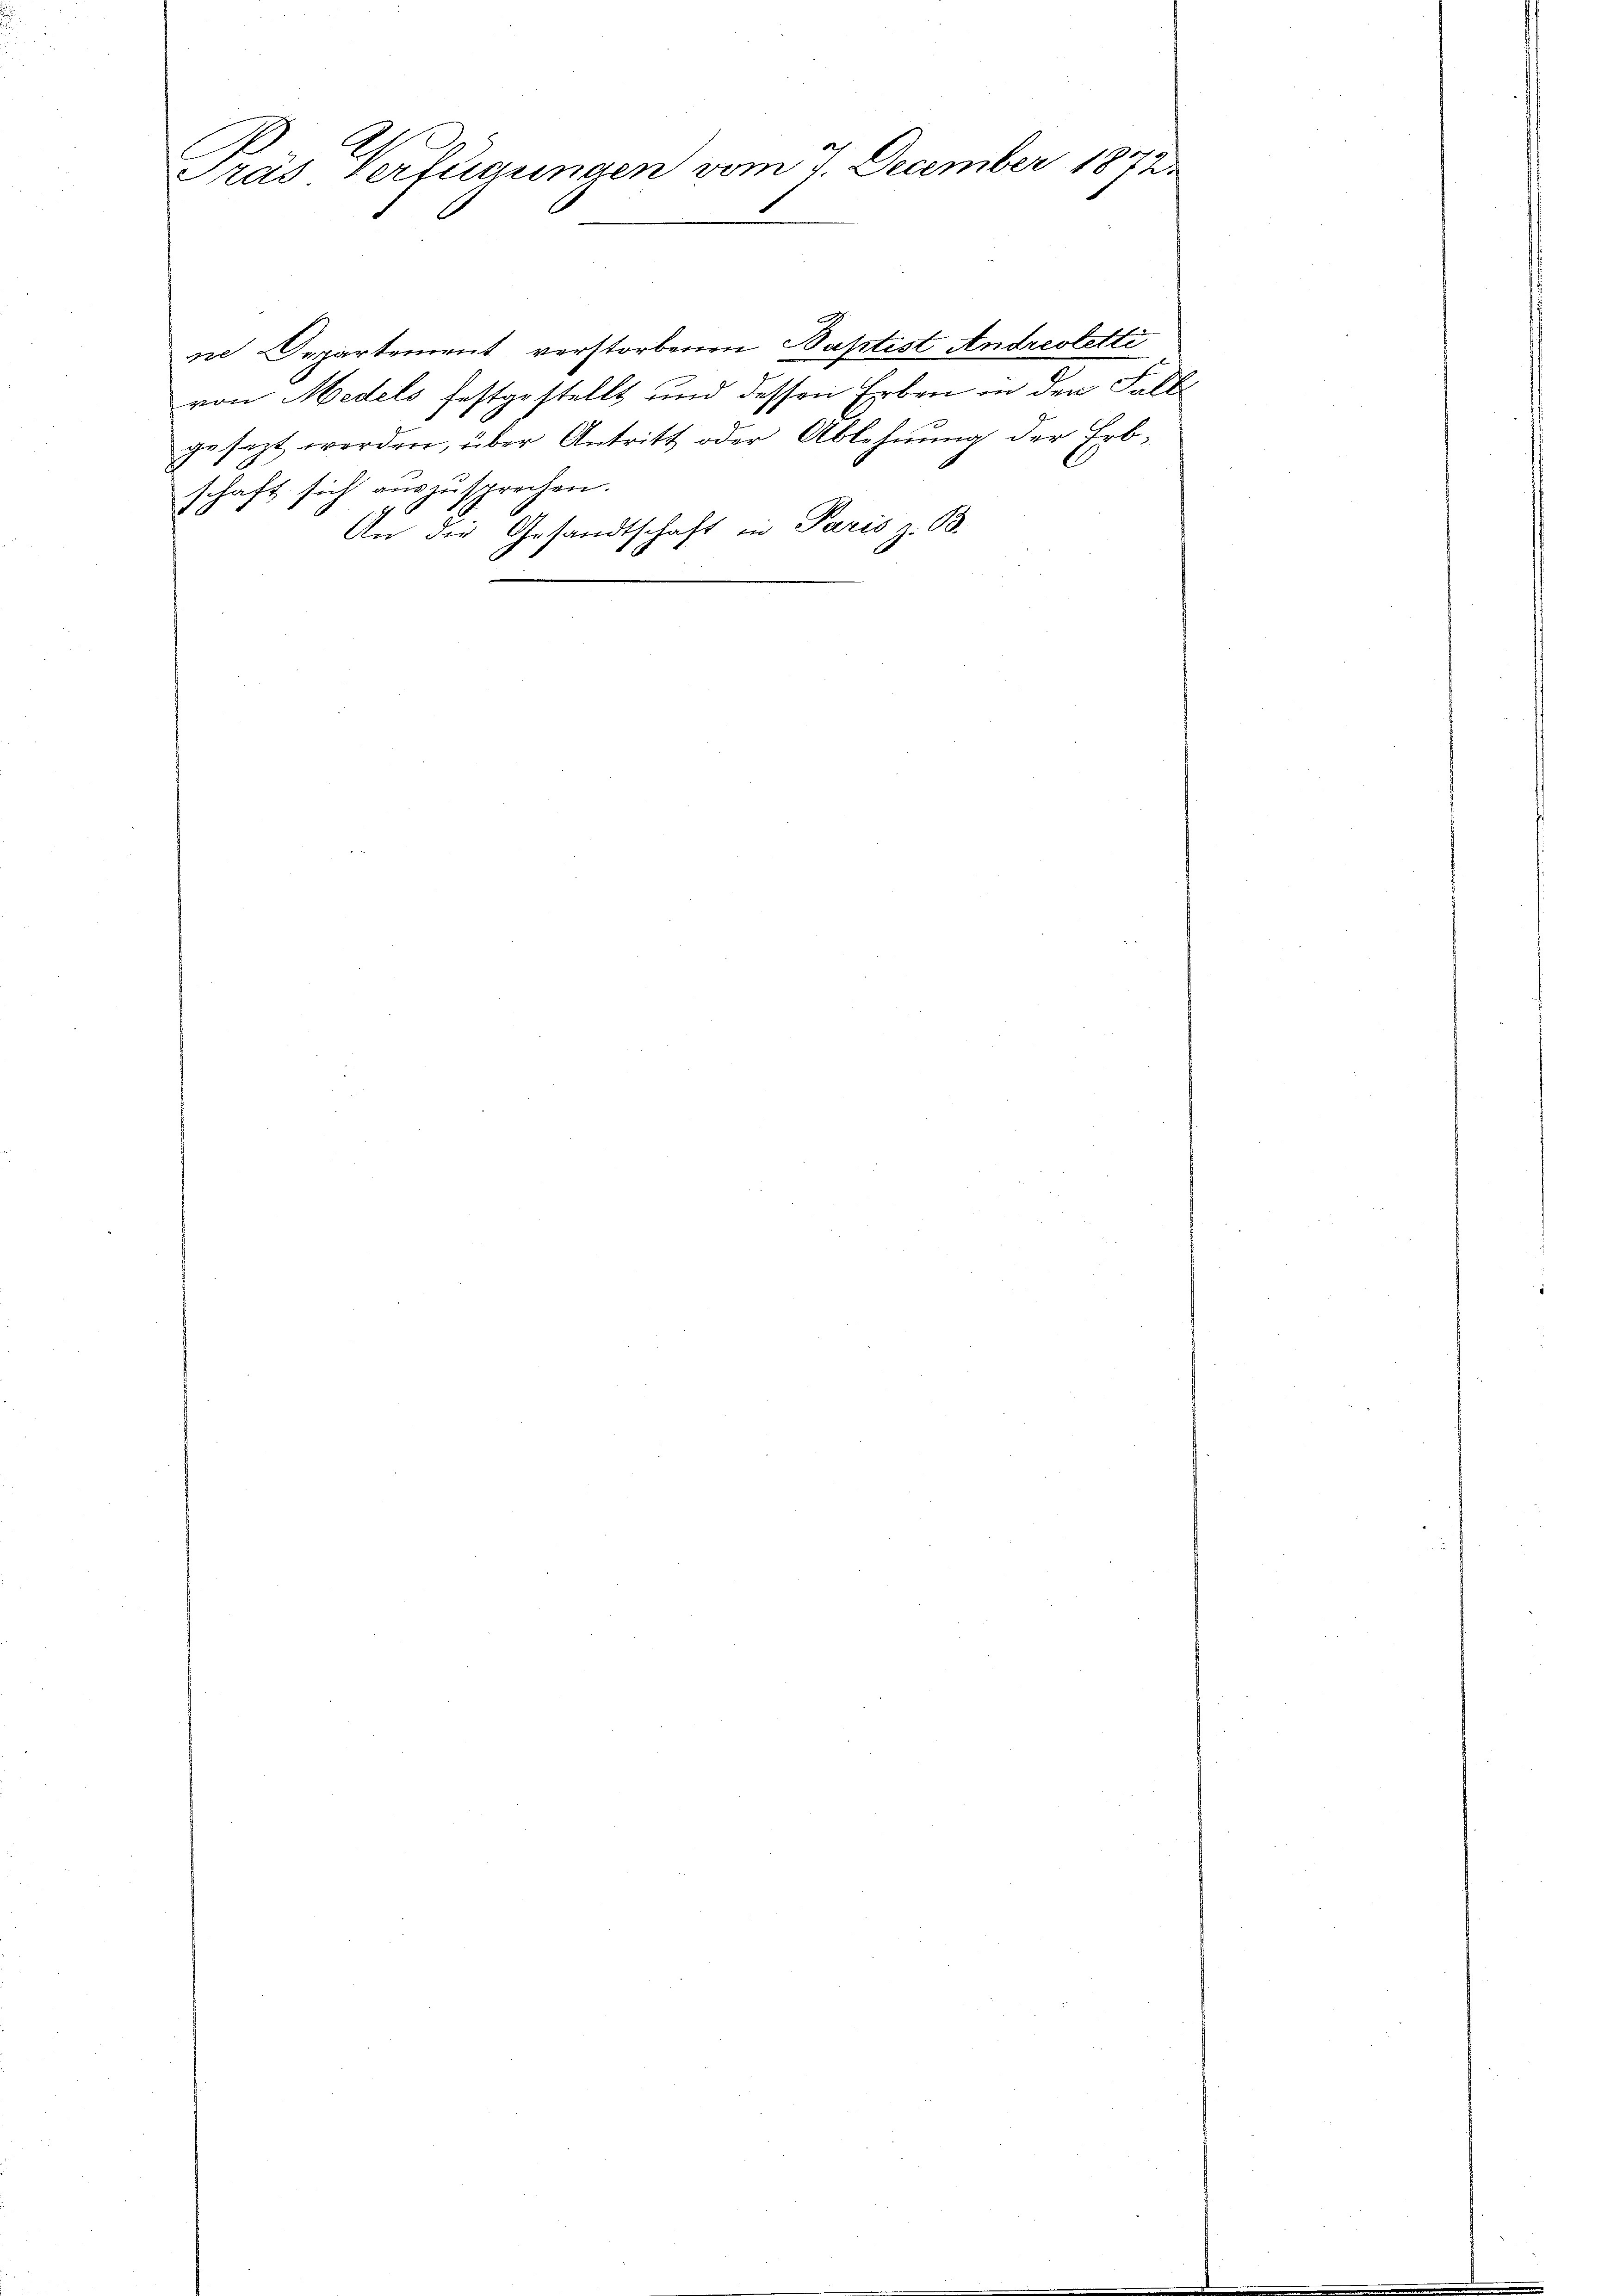
C
Pras Verfügungen vom 7. December 1872

ne Departement verstorbenen Baptist Andrestetti
von Medels festgestellt und dessen Erben in den Falls
gesezt worden, über Antritt oder Ablehnŭng der Erb-
schaft sich auszusprechen.
An die Gesandtschaft in Paris z. B.